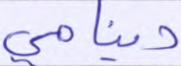
دينامي